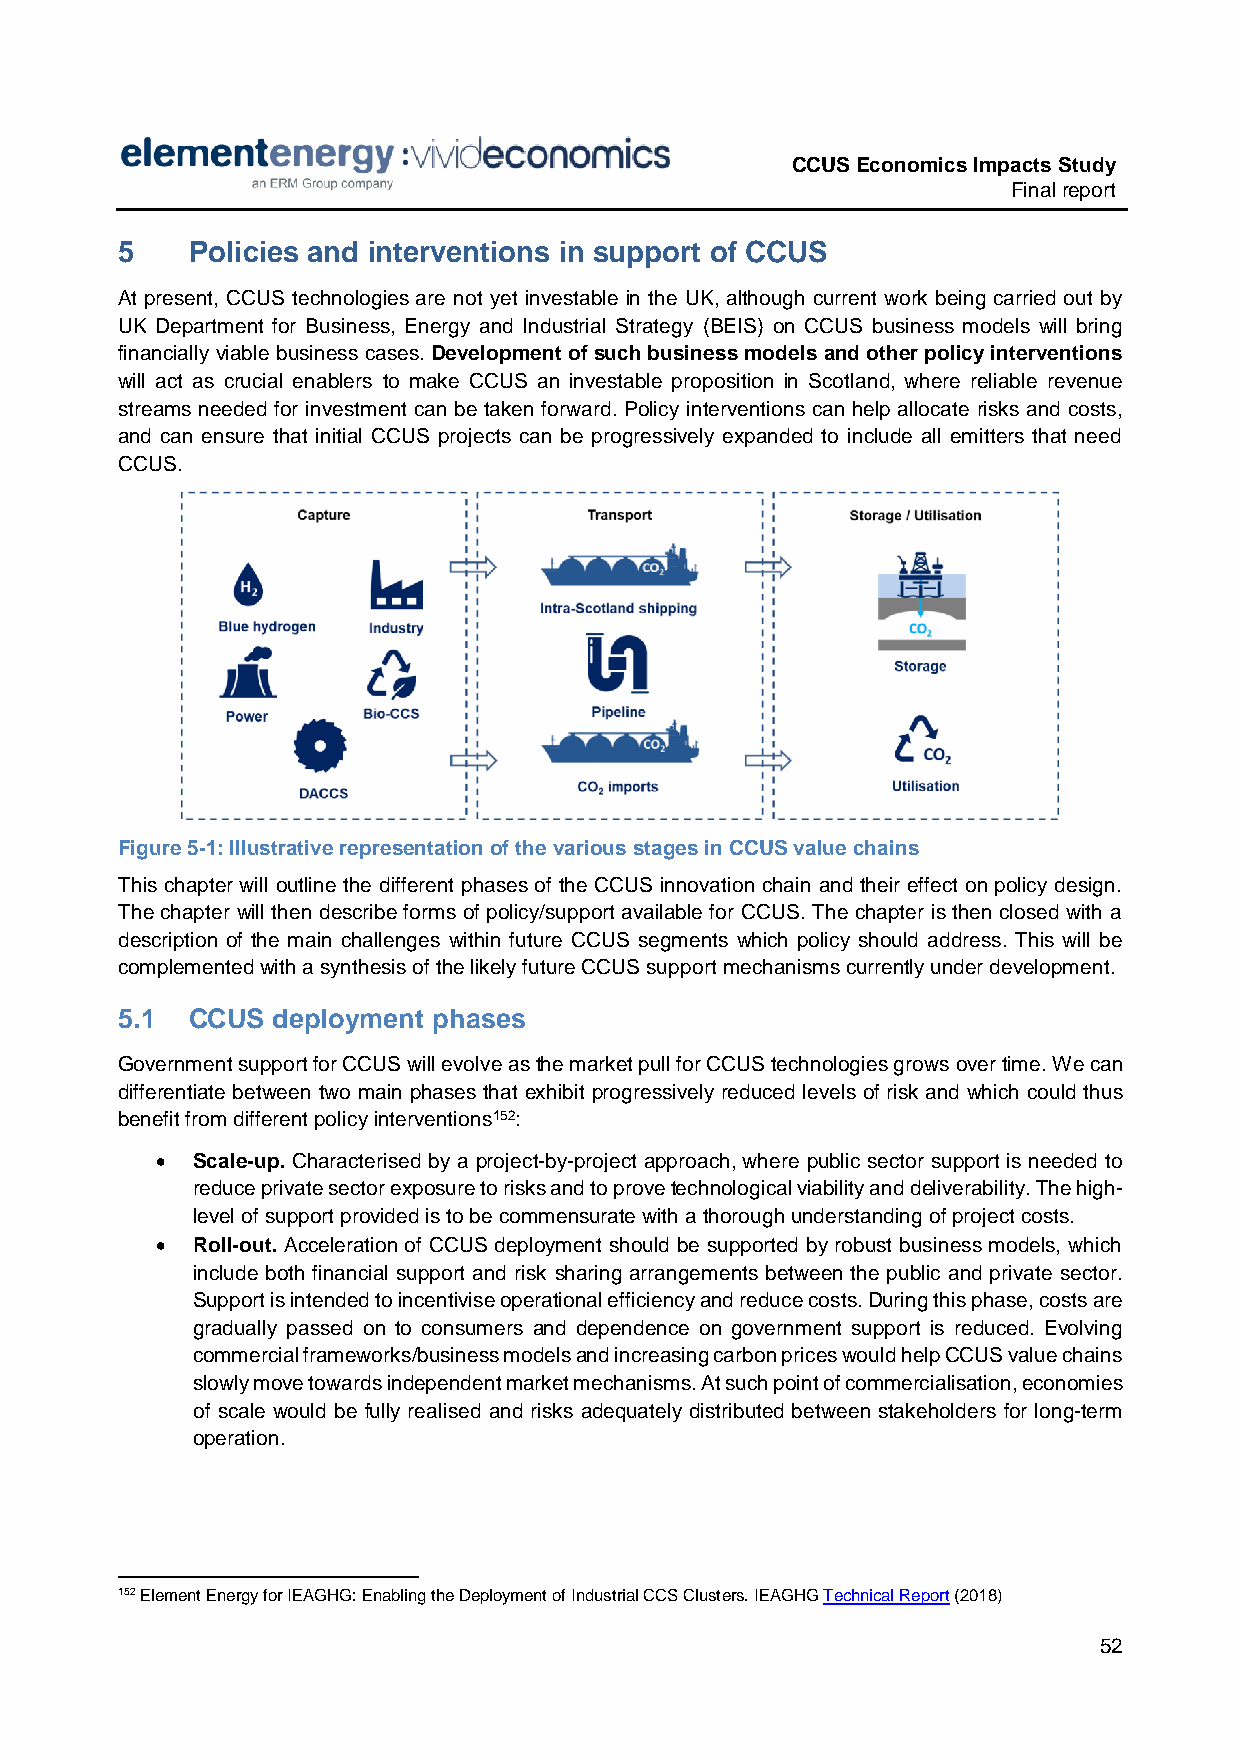
CCUS Economics Impacts Study
 Final report
 5   Policies and interventions in support of CCUS
 At present, CCUS technologies are not yet investable in the UK, although current work being carried out by
 UK Department for Business, Energy and Industrial Strategy (BEIS) on CCUS business models will bring
 financially viable business cases. Development of such business models and other policy interventions
 will act as crucial enablers to make CCUS an investable proposition in Scotland, where reliable revenue
 streams needed for investment can be taken forward. Policy interventions can help allocate risks and costs,
 and can ensure that initial CCUS projects can be progressively expanded to include all emitters that need
 CCUS.
 Figure 5-1: Illustrative representation of the various stages in CCUS value chains
 This chapter will outline the different phases of the CCUS innovation chain and their effect on policy design.
 The chapter will then describe forms of policy/support available for CCUS. The chapter is then closed with a
 description of the main challenges within future CCUS segments which policy should address. This will be
 complemented with a synthesis of the likely future CCUS support mechanisms currently under development.
 5.1 CCUS  deployment phases
 Government support for CCUS will evolve as the market pull for CCUS technologies grows over time. We can
 differentiate between two main phases that exhibit progressively reduced levels of risk and which could thus
 benefit from different policy interventions152:
   Scale-up. Characterised by a project-by-project approach, where public sector support is needed to
 reduce private sector exposure to risks and to prove technological viability and deliverability. The high-
 level of support provided is to be commensurate with a thorough understanding of project costs.
   Roll-out. Acceleration of CCUS deployment should be supported by robust business models, which
 include both financial support and risk sharing arrangements between the public and private sector.
 Support is intended to incentivise operational efficiency and reduce costs. During this phase, costs are
 gradually passed on to consumers and dependence on government support is reduced. Evolving
 commercial frameworks/business models and increasing carbon prices would help CCUS value chains
 slowly move towards independent market mechanisms. At such point of commercialisation, economies
 of scale would be fully realised and risks adequately distributed between stakeholders for long-term
 operation.
 152 Element Energy for IEAGHG: Enabling the Deployment of Industrial CCS Clusters. IEAGHG Technical Report (2018)
 52